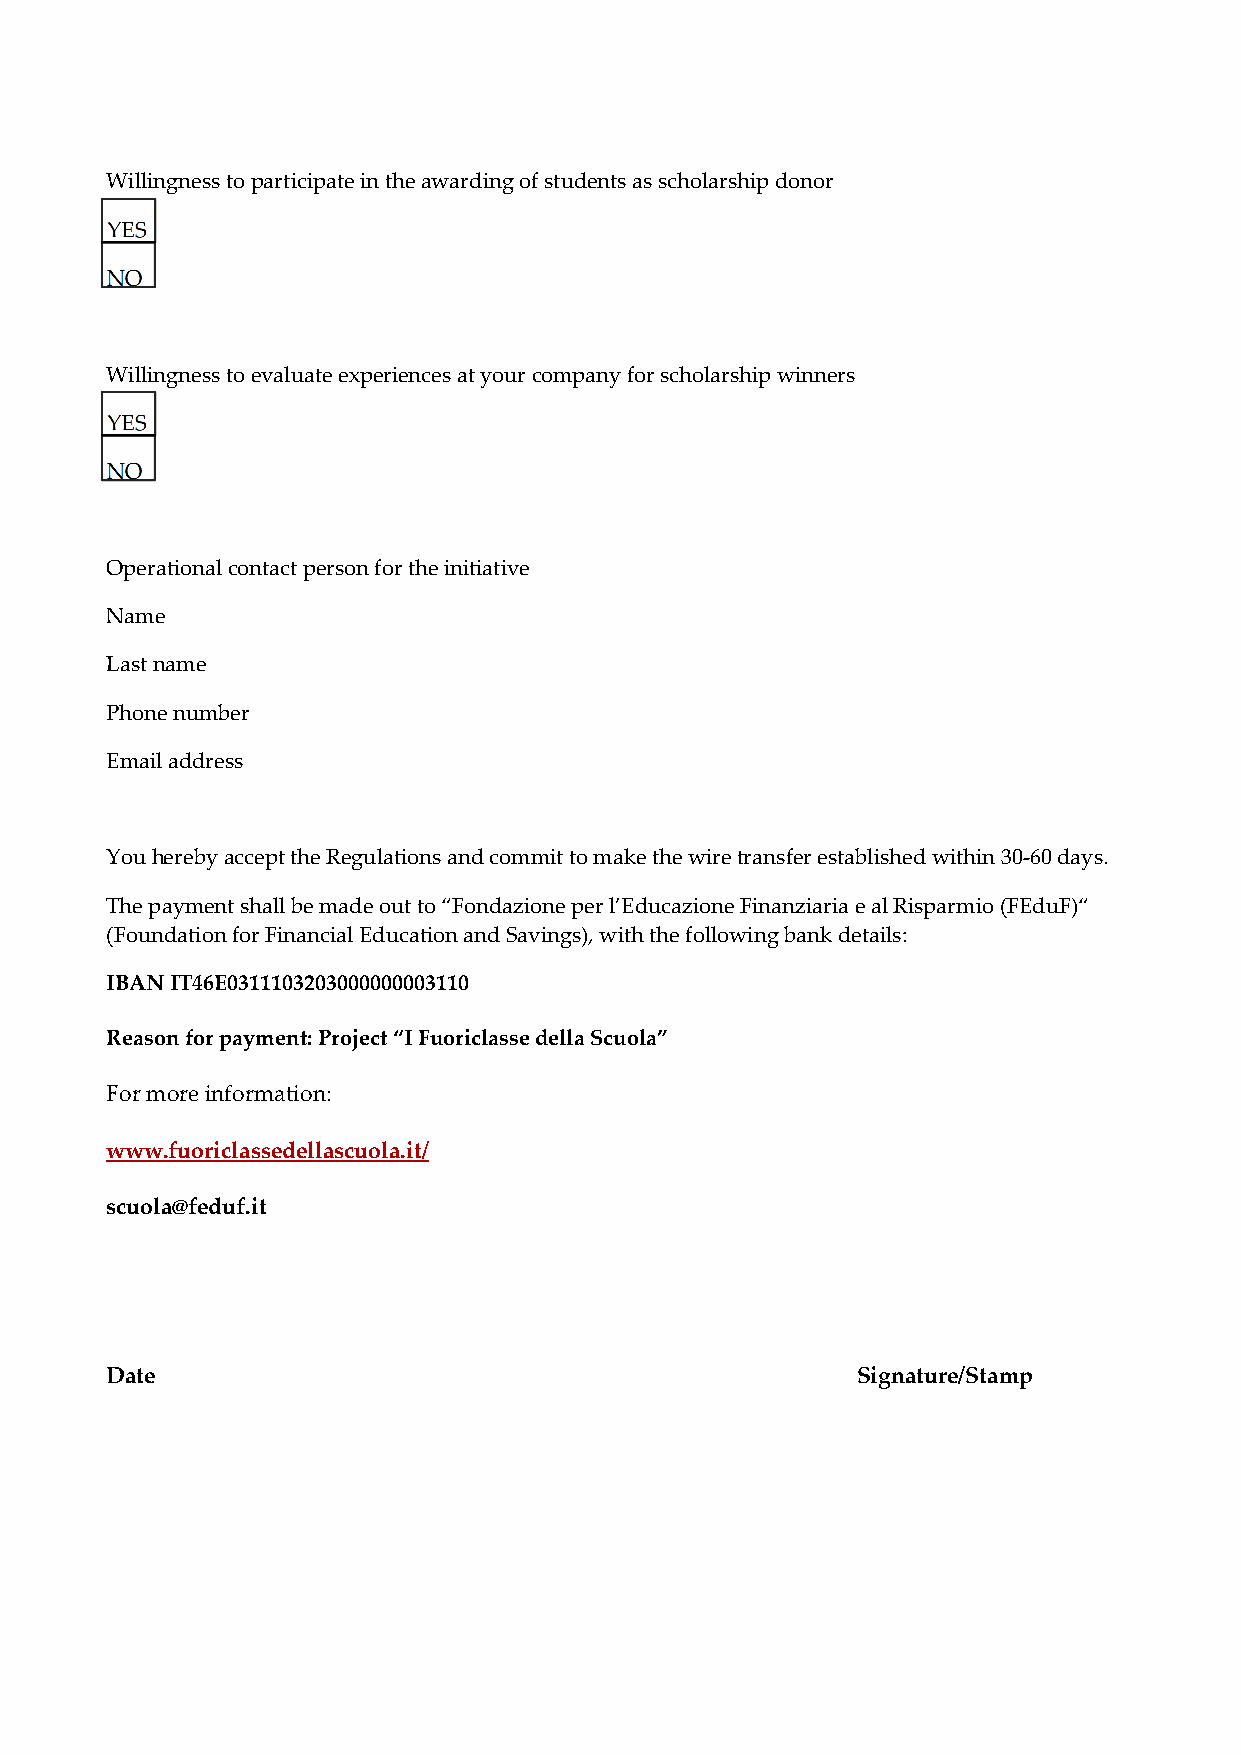
Willingness to participate in the awarding of students as scholarship donor
 YES
 NO
 Willingness to evaluate experiences at your company for scholarship winners
 YES
 NO
 Operational contact person for the initiative
 Name
 Last name
 Phone number
 Email address
 You hereby accept the Regulations and commit to make the wire transfer established within 30‐60 days.
 The payment shall be made out to “Fondazione per l’Educazione Finanziaria e al Risparmio (FEduF)“
 (Foundation for Financial Education and Savings), with the following bank details:
 IBAN IT46E0311103203000000003110
 Reason for payment: Project “I Fuoriclasse della Scuola”
 For more information:
 www.fuoriclassedellascuola.it/
 scuola@feduf.it
 Date                                              Signature/Stamp